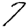
Digit: 7